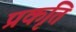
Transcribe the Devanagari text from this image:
प्रकृति